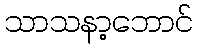
သာသနာ့ဘောင်